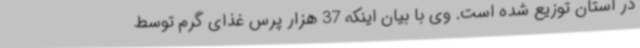
در استان توزیع شده است. وی با بیان اینکه 37 هزار پرس غذای گرم توسط